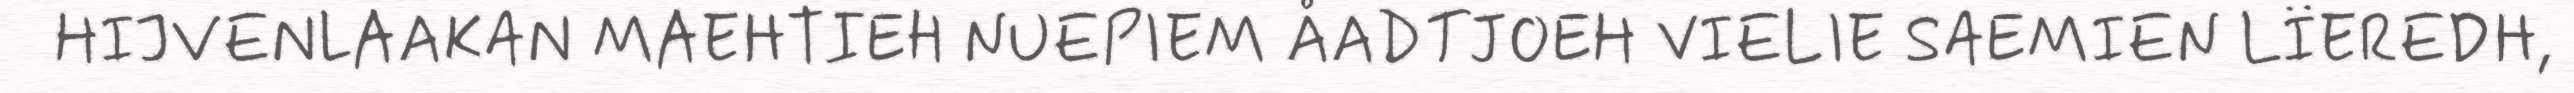
HIJVENLAAKAN MAEHTIEH NUEPIEM ÅADTJOEH VIELIE SAEMIEN LÏEREDH,